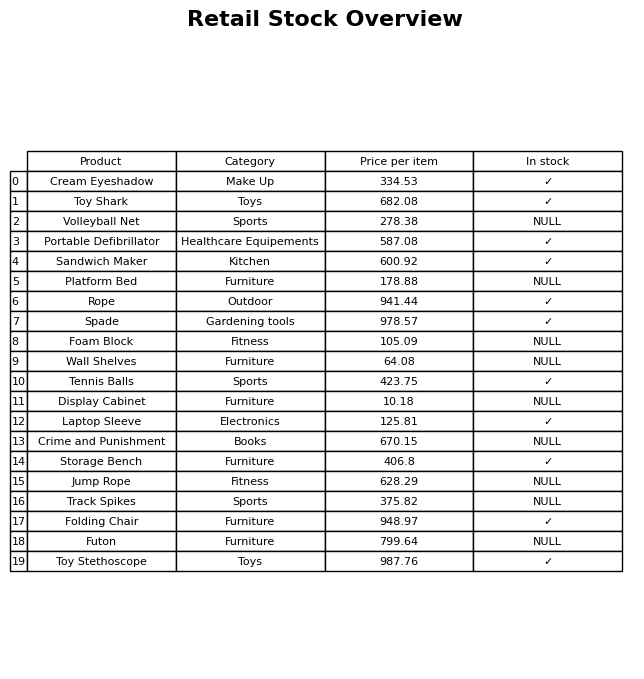
question: What category does the Cream Eyeshadow belong to?
answer: Make Up